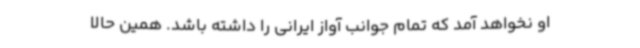
او نخواهد آمد که تمام جوانب آواز ایرانی را داشته باشد. همین حالا